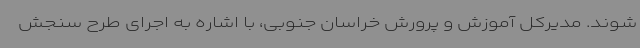
شوند. مدیرکل آموزش و پرورش خراسان جنوبی، با اشاره به اجرای طرح سنجش